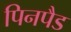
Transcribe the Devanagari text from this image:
पिनपैड